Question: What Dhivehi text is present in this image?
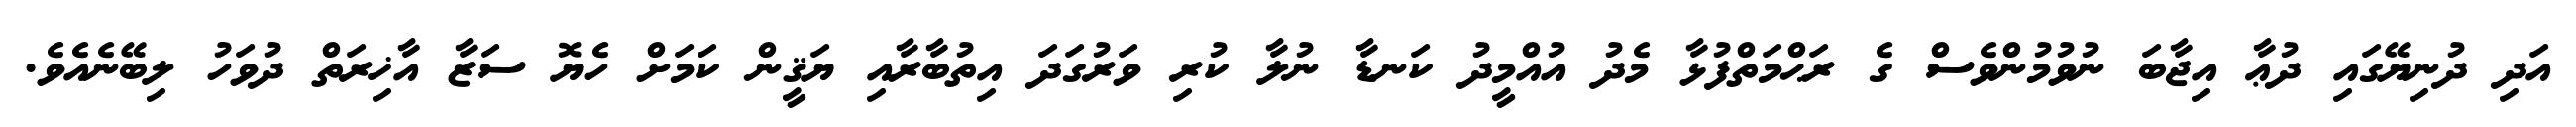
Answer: އަދި ދުނިޔޭގައި ދުޢާ އިޖާބަ ނުވުމުންވެސް ގެ ރަޙްމަތްފުޅާ މެދު އުއްމީދު ކަނޑާ ނުލާ ކުރި ވަރުގަދަ އިތުބާރާއި ޔަޤީން ކަމަށް ހެޔޮ ސަޒާ އާޚިރަތް ދުވަހު ލިބޭނެއެވެ.